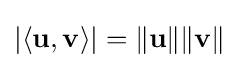
\left|\langle \mathbf {u} ,\mathbf {v} \rangle \right|=\|\mathbf {u} \|\|\mathbf {v} \|